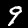
Digit: 9